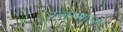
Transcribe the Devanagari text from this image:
रक्तमाला